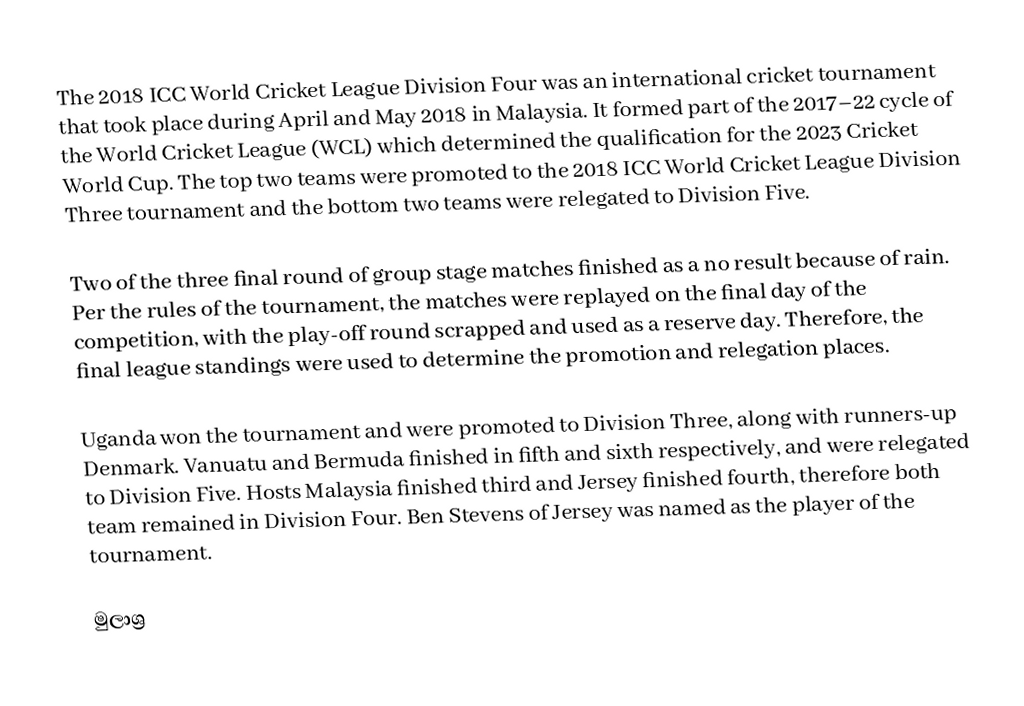
The 2018 ICC World Cricket League Division Four was an international cricket tournament that took place during April and May 2018 in Malaysia. It formed part of the 2017–22 cycle of the World Cricket League (WCL) which determined the qualification for the 2023 Cricket World Cup. The top two teams were promoted to the 2018 ICC World Cricket League Division Three tournament and the bottom two teams were relegated to Division Five.

Two of the three final round of group stage matches finished as a no result because of rain. Per the rules of the tournament, the matches were replayed on the final day of the competition, with the play-off round scrapped and used as a reserve day. Therefore, the final league standings were used to determine the promotion and relegation places.

Uganda won the tournament and were promoted to Division Three, along with runners-up Denmark. Vanuatu and Bermuda finished in fifth and sixth respectively, and were relegated to Division Five. Hosts Malaysia finished third and Jersey finished fourth, therefore both team remained in Division Four. Ben Stevens of Jersey was named as the player of the tournament.

මුලාශ්‍ර